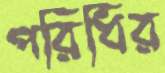
পরিধির